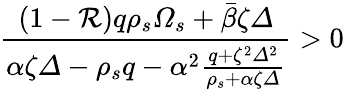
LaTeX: \frac{\left(1-\mathcal{R}\right)q\rho_{s}\varOmega_{s}+\bar{\beta}\zeta\varDelta}{\alpha\zeta\varDelta-\rho_{s}q-\alpha^{2}\frac{q+\zeta^{2}\varDelta^{2}}{\rho_{s}+\alpha\zeta\varDelta}}>0